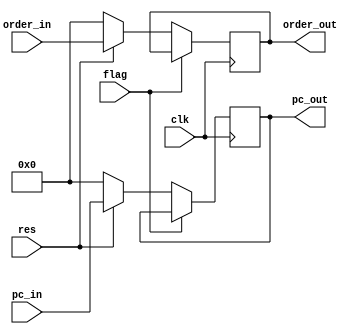
`timescale 1ns / 1ps
//////////////////////////////////////////////////////////////////////////////////
// Company: 
// Engineer: 
// 
// Design Name: 
// Module Name: IF_ID
// Project Name: 
// Target Devices: 
// Tool Versions: 
// Description: 
// 
// Dependencies: 
// 
// Revision:
// Revision 0.01 - File Created
// Additional Comments:
// 
//////////////////////////////////////////////////////////////////////////////////


module IF_ID(clk,res,pc_in,order_in,flag,pc_out,order_out);
    input clk,res,flag;
    input [31:0]pc_in,order_in;
    output reg[31:0]pc_out,order_out;
    always @(posedge clk)begin
        if(flag==1'b0)begin
            pc_out<=(res==1'b0)?0:pc_in;
            order_out<=(res==1'b0)?0:order_in;
        end
    end
endmodule